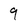
Character: 9